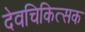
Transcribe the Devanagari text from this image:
देवचिकित्सक